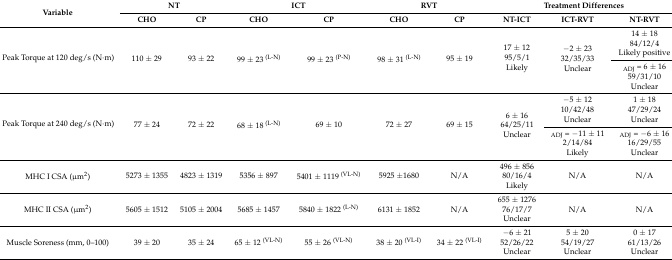
| <ROWSPAN=2> Variable | <COLSPAN=2> NT | <COLSPAN=2> ICT | <COLSPAN=2> RVT | <COLSPAN=3> Treatment Differences |
 | CHO | CP | CHO | CP | CHO | CP | NT-ICT | ICT-RVT | NT-RVT |
 | --- | --- | --- | --- | --- | --- | --- | --- | --- | --- |
 | <ROWSPAN=2> Peak Torque at 120 deg/s (N·m) | <ROWSPAN=2> 110 ± 29 | <ROWSPAN=2> 93 ± 22 | <ROWSPAN=2> 99 ± 23 (L-N) | <ROWSPAN=2> 99 ± 23 (P-N) | <ROWSPAN=2> 98 ± 31 (L-N) | <ROWSPAN=2> 95 ± 19 | <ROWSPAN=2> 17 ± 12 95/5/1 Likely | <ROWSPAN=2> −2 ± 23 32/35/33 Unclear | 14 ± 18 84/12/4 Likely positive |
 | ADJ = 6 ± 16 59/31/10 Unclear |
 | <ROWSPAN=2> Peak Torque at 240 deg/s (N·m) | <ROWSPAN=2> 77 ± 24 | <ROWSPAN=2> 72 ± 22 | <ROWSPAN=2> 68 ± 18 (L-N) | <ROWSPAN=2> 69 ± 10 | <ROWSPAN=2> 72 ± 27 | <ROWSPAN=2> 69 ± 15 | <ROWSPAN=2> 6 ± 16 64/25/11 Unclear | −5 ± 12 10/42/48 Unclear | 1 ± 18 47/29/24 Unclear |
 | ADJ = −11 ± 112/14/84 Likely | ADJ = −6 ± 16 16/29/55 Unclear |
 | MHC I CSA (μm2) | 5273 ± 1355 | 4823 ± 1319 | 5356 ± 897 | 5401 ± 1119 (VL-N) | 5925 ±1680 | N/A | 496 ± 85680/16/4Likely | N/A | N/A |
 | MHC II CSA (μm2) | 5605 ± 1512 | 5105 ± 2004 | 5685 ± 1457 | 5840 ± 1822 (L-N) | 6131 ± 1852 | N/A | 655 ± 127676/17/7Unclear | N/A | N/A |
 | Muscle Soreness (mm, 0–100) | 39 ± 20 | 35 ± 24 | 65 ± 12 (VL-N) | 55 ± 26 (VL-N) | 38 ± 20 (VL-I) | 34 ± 22 (VL-I) | −6 ± 2152/26/22Unclear | 5 ± 2054/19/27Unclear | 0 ± 1761/13/26Unclear |